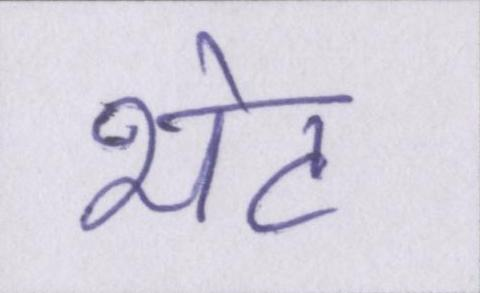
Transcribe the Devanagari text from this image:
भेट